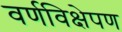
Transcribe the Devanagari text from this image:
वर्णविक्षेपण